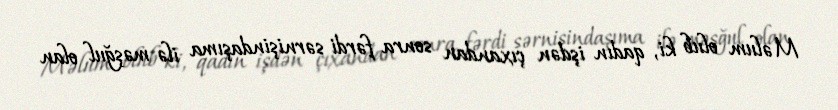
Məlum olub ki, qadın işdən çıxandan sonra fərdi sərnişindaşıma ilə məşğul olan